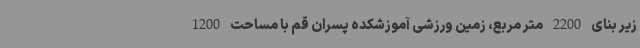
زیر بنای 2200 متر مربع، زمین ورزشی آموزشکده پسران قم با مساحت 1200